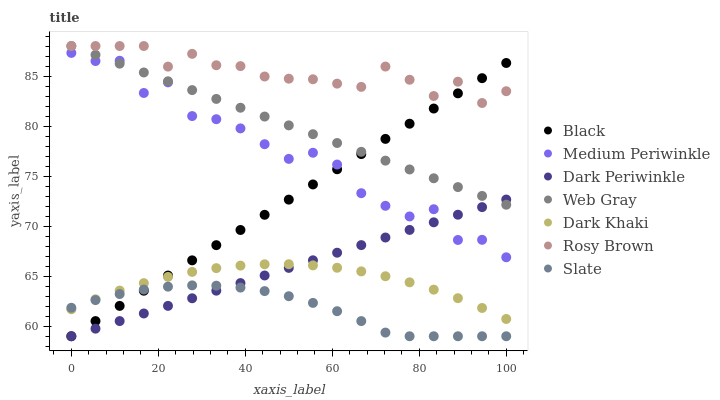
| xaxis_label | Black | Medium Periwinkle | Dark Periwinkle | Web Gray | Dark Khaki | Rosy Brown | Slate |
 | --- | --- | --- | --- | --- | --- | --- | --- |
 | 0 | 59 | 87.3 | 59 | 88 | 61.7 | 88 | 61.8 |
 | 5.56 | 60.5 | 86.5 | 59.8 | 87.1 | 62.7 | 88 | 62.6 |
 | 11.1 | 62 | 86.5 | 60.5 | 86.2 | 63.6 | 88 | 63.2 |
 | 16.7 | 63.6 | 83.3 | 61.3 | 85.4 | 64.3 | 88 | 63.7 |
 | 22.2 | 65.1 | 84.4 | 62 | 84.5 | 64.9 | 85.9 | 64 |
 | 27.8 | 66.6 | 81 | 62.8 | 83.6 | 65.4 | 87.2 | 64.1 |
 | 33.3 | 68.1 | 80.7 | 63.6 | 82.7 | 65.8 | 86.1 | 64.1 |
 | 38.9 | 69.6 | 79.8 | 64.3 | 81.8 | 66.1 | 86 | 63.9 |
 | 44.4 | 71.1 | 78.2 | 65.1 | 81 | 66.2 | 85 | 63.5 |
 | 50 | 72.7 | 76.7 | 65.8 | 80.1 | 66.2 | 84.7 | 63 |
 | 55.6 | 74.2 | 77.3 | 66.6 | 79.2 | 66.1 | 84.7 | 62.3 |
 | 61.1 | 75.7 | 76.2 | 67.3 | 78.3 | 65.8 | 84.2 | 61.5 |
 | 66.7 | 77.2 | 73.3 | 68.1 | 77.4 | 65.5 | 83.9 | 60.5 |
 | 72.2 | 78.7 | 72 | 68.9 | 76.5 | 65 | 85.9 | 59.4 |
 | 77.8 | 80.2 | 71 | 69.6 | 75.7 | 64.4 | 84.6 | 59 |
 | 83.3 | 81.8 | 71.7 | 70.4 | 74.8 | 63.7 | 83 | 59 |
 | 88.9 | 83.3 | 68.6 | 71.1 | 73.9 | 62.8 | 84.4 | 59 |
 | 94.4 | 84.8 | 68.6 | 71.9 | 73 | 61.8 | 82.3 | 59 |
 | 100 | 86.3 | 66.9 | 72.7 | 72.1 | 60.7 | 83.5 | 59 |